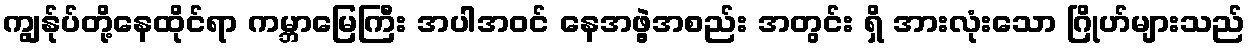
ကျွန်ုပ်တို့နေထိုင်ရာ ကမ္ဘာမြေကြီး အပါအဝင် နေအဖွဲ့အစည်း အတွင်း ရှိ အားလုံးသော ဂြိုဟ်များသည်